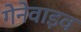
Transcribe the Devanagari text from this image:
गेनेवाइव